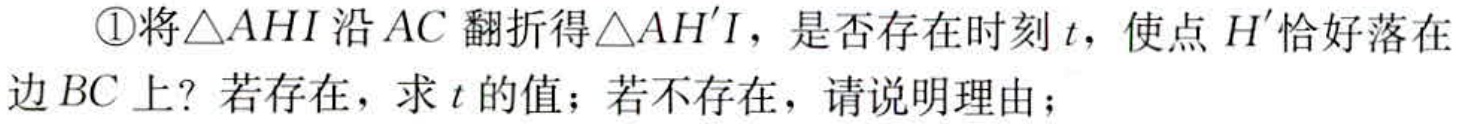
\textcircled{1}将$\triangle AHI$沿$AC$翻折得$\triangle AH'I$，是否存在时刻$t$，使点$H'$恰好落在
边$BC$上？若存在，求$t$的值；若不存在，请说明理由；